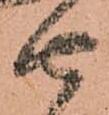
由